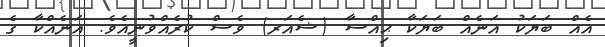
އެއް ބަޔަކު އަނެއް ބަޔަކާ ޙިއްސާ (ޝެއަރ) ވެސް ކުރެއްވުނީއެވެ. އަނެއްކާ ގެ